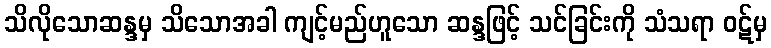
သိလိုသောဆန္ဒမှ သိသောအခါ ကျင့်မည်ဟူသော ဆန္ဒဖြင့် သင်ခြင်းကို သံသရာ ဝဋ်မှ